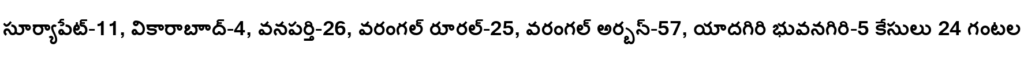
సూర్యాపేట్-11, వికారాబాాద్-4, వనపర్తి-26, వరంగల్ రూరల్-25, వరంగల్ అర్బన్-57, యాదగిరి భువనగిరి-5 కేసులు 24 గంటల